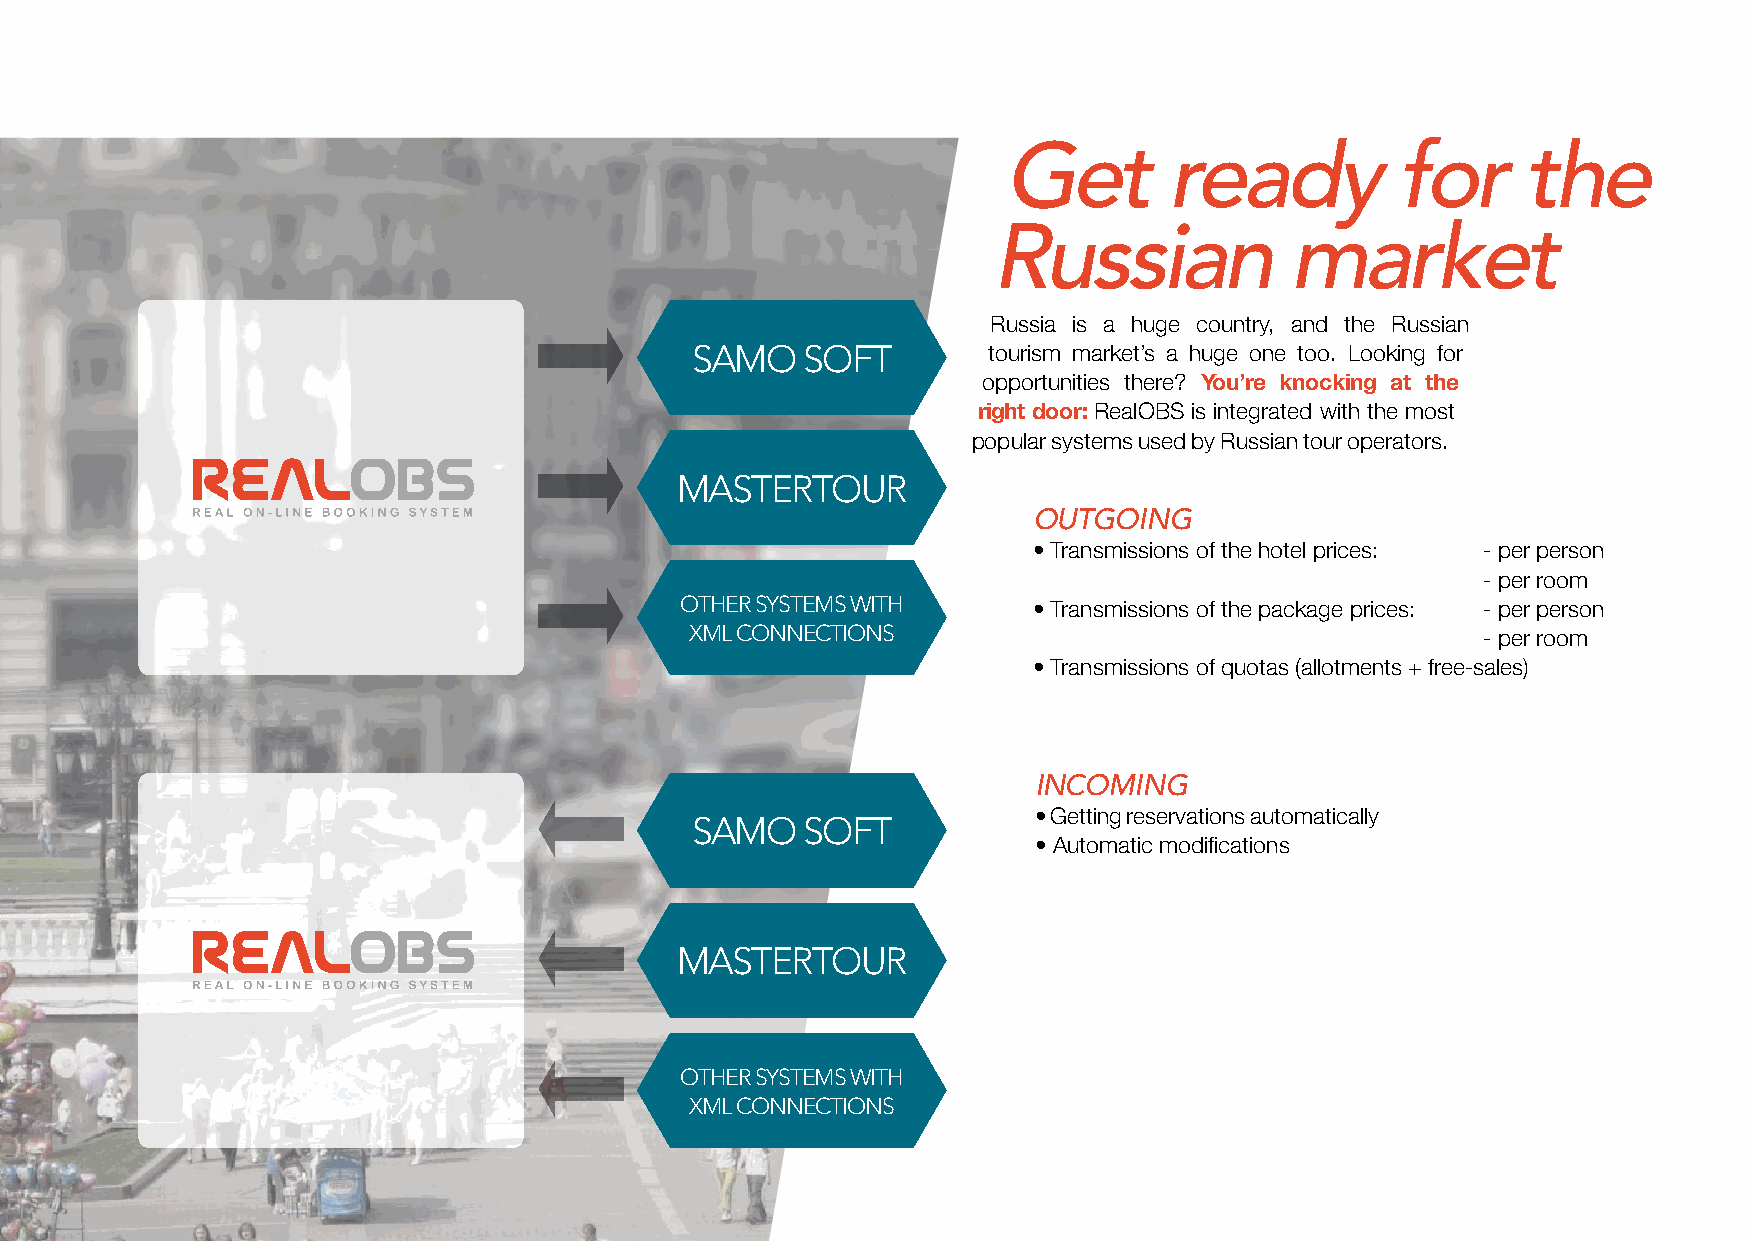
Get        ready           for     the
 Russian            market
 Russia is a huge country, and the Russian
 SAMO   SOfT        tourism market’s a huge one too. Looking for
 opportunities there? You’re knocking at the
 right door: RealOBS is integrated with the most
 popular systems used by Russian tour operators.
 MASTERTOUR
 OUTGOING
 • Transmissions of the hotel prices: - per person
 - per room
 OThER SySTEMS WITh     • Transmissions of the package prices: - per person
 xML CONNECTIONS                                     - per room
 • Transmissions of quotas (allotments + free-sales)
 INCOMING
 • Getting reservations automatically
 SAMO   SOfT
 • Automatic modifications
 MASTERTOUR
 OThER SySTEMS WITh
 xML CONNECTIONS